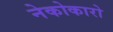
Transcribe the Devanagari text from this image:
नेकोकारो